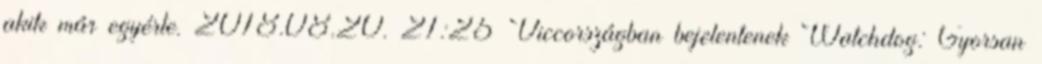
akik már egyérte. 2018.08.20. 21:25 Viccországban bejelentenek Watchdog: Gyorsan